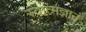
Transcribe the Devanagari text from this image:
स्वात्मज्ञानं